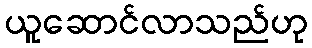
ယူဆောင်လာသည်ဟု